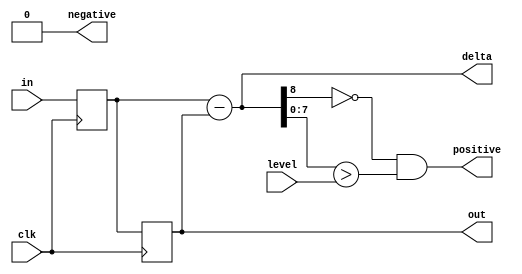
`timescale 1ns / 1ps
//////////////////////////////////////////////////////////////////////////////////
// 
// Module Name:    m_finder 
// Description:    Finder of transitions - delta comparator
//
// Revision: 
// Revision 0.01 - File Created
//
//////////////////////////////////////////////////////////////////////////////////
module m_finder #(parameter WIDTH = 8, NEG_VALUE = 1)(
    input wire clk,
    input wire [WIDTH-1:0] in,
	 output reg [WIDTH-1:0] out,
	 output wire [WIDTH:0] delta,
	 output wire positive,
	 output wire negative,
	 input wire [WIDTH-1:0] level
);

reg [WIDTH-1:0] tmp;

always @ (posedge clk)
begin
  tmp <= in;
  out <= tmp;
end

assign delta = tmp - out;

assign positive = (delta[WIDTH] == 1'b0) && (delta[WIDTH-1:0] > level);
assign negative = 0;//(delta[WIDTH] == 1'b1) && (~delta[WIDTH-1:0] > NEG_VALUE);

endmodule